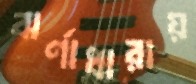
ঝর্ণাধারায়